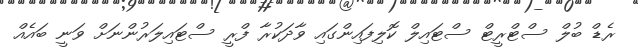
ރެޑް ބުލް ސްޓްރީޓް ސްޓައިލް ކޮލިފައިންގައި ވާދަކުރާ ފްރީ ސްޓައިލަރުންނަށް ވަނީ ބައެއް